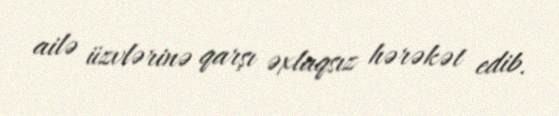
ailə üzvlərinə qarşı əxlaqsız hərəkət edib.